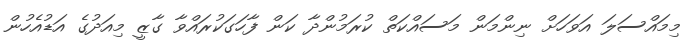
މިމައްސަލަ އަވަހަށް ނިންމަން މަސައްކަތް ކުރަމުންދާ ކަން ފާހަގަކުރައްވާ ގާޒީ މިއަދުގެ އަޑުއެހުން